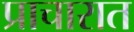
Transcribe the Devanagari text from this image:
प्राचारात